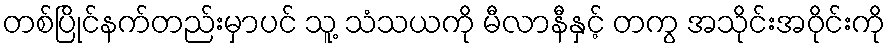
တစ်ပြိုင်နက်တည်းမှာပင် သူ့ သံသယကို မီလာနီနှင့် တကွ အသိုင်းအဝိုင်းကို